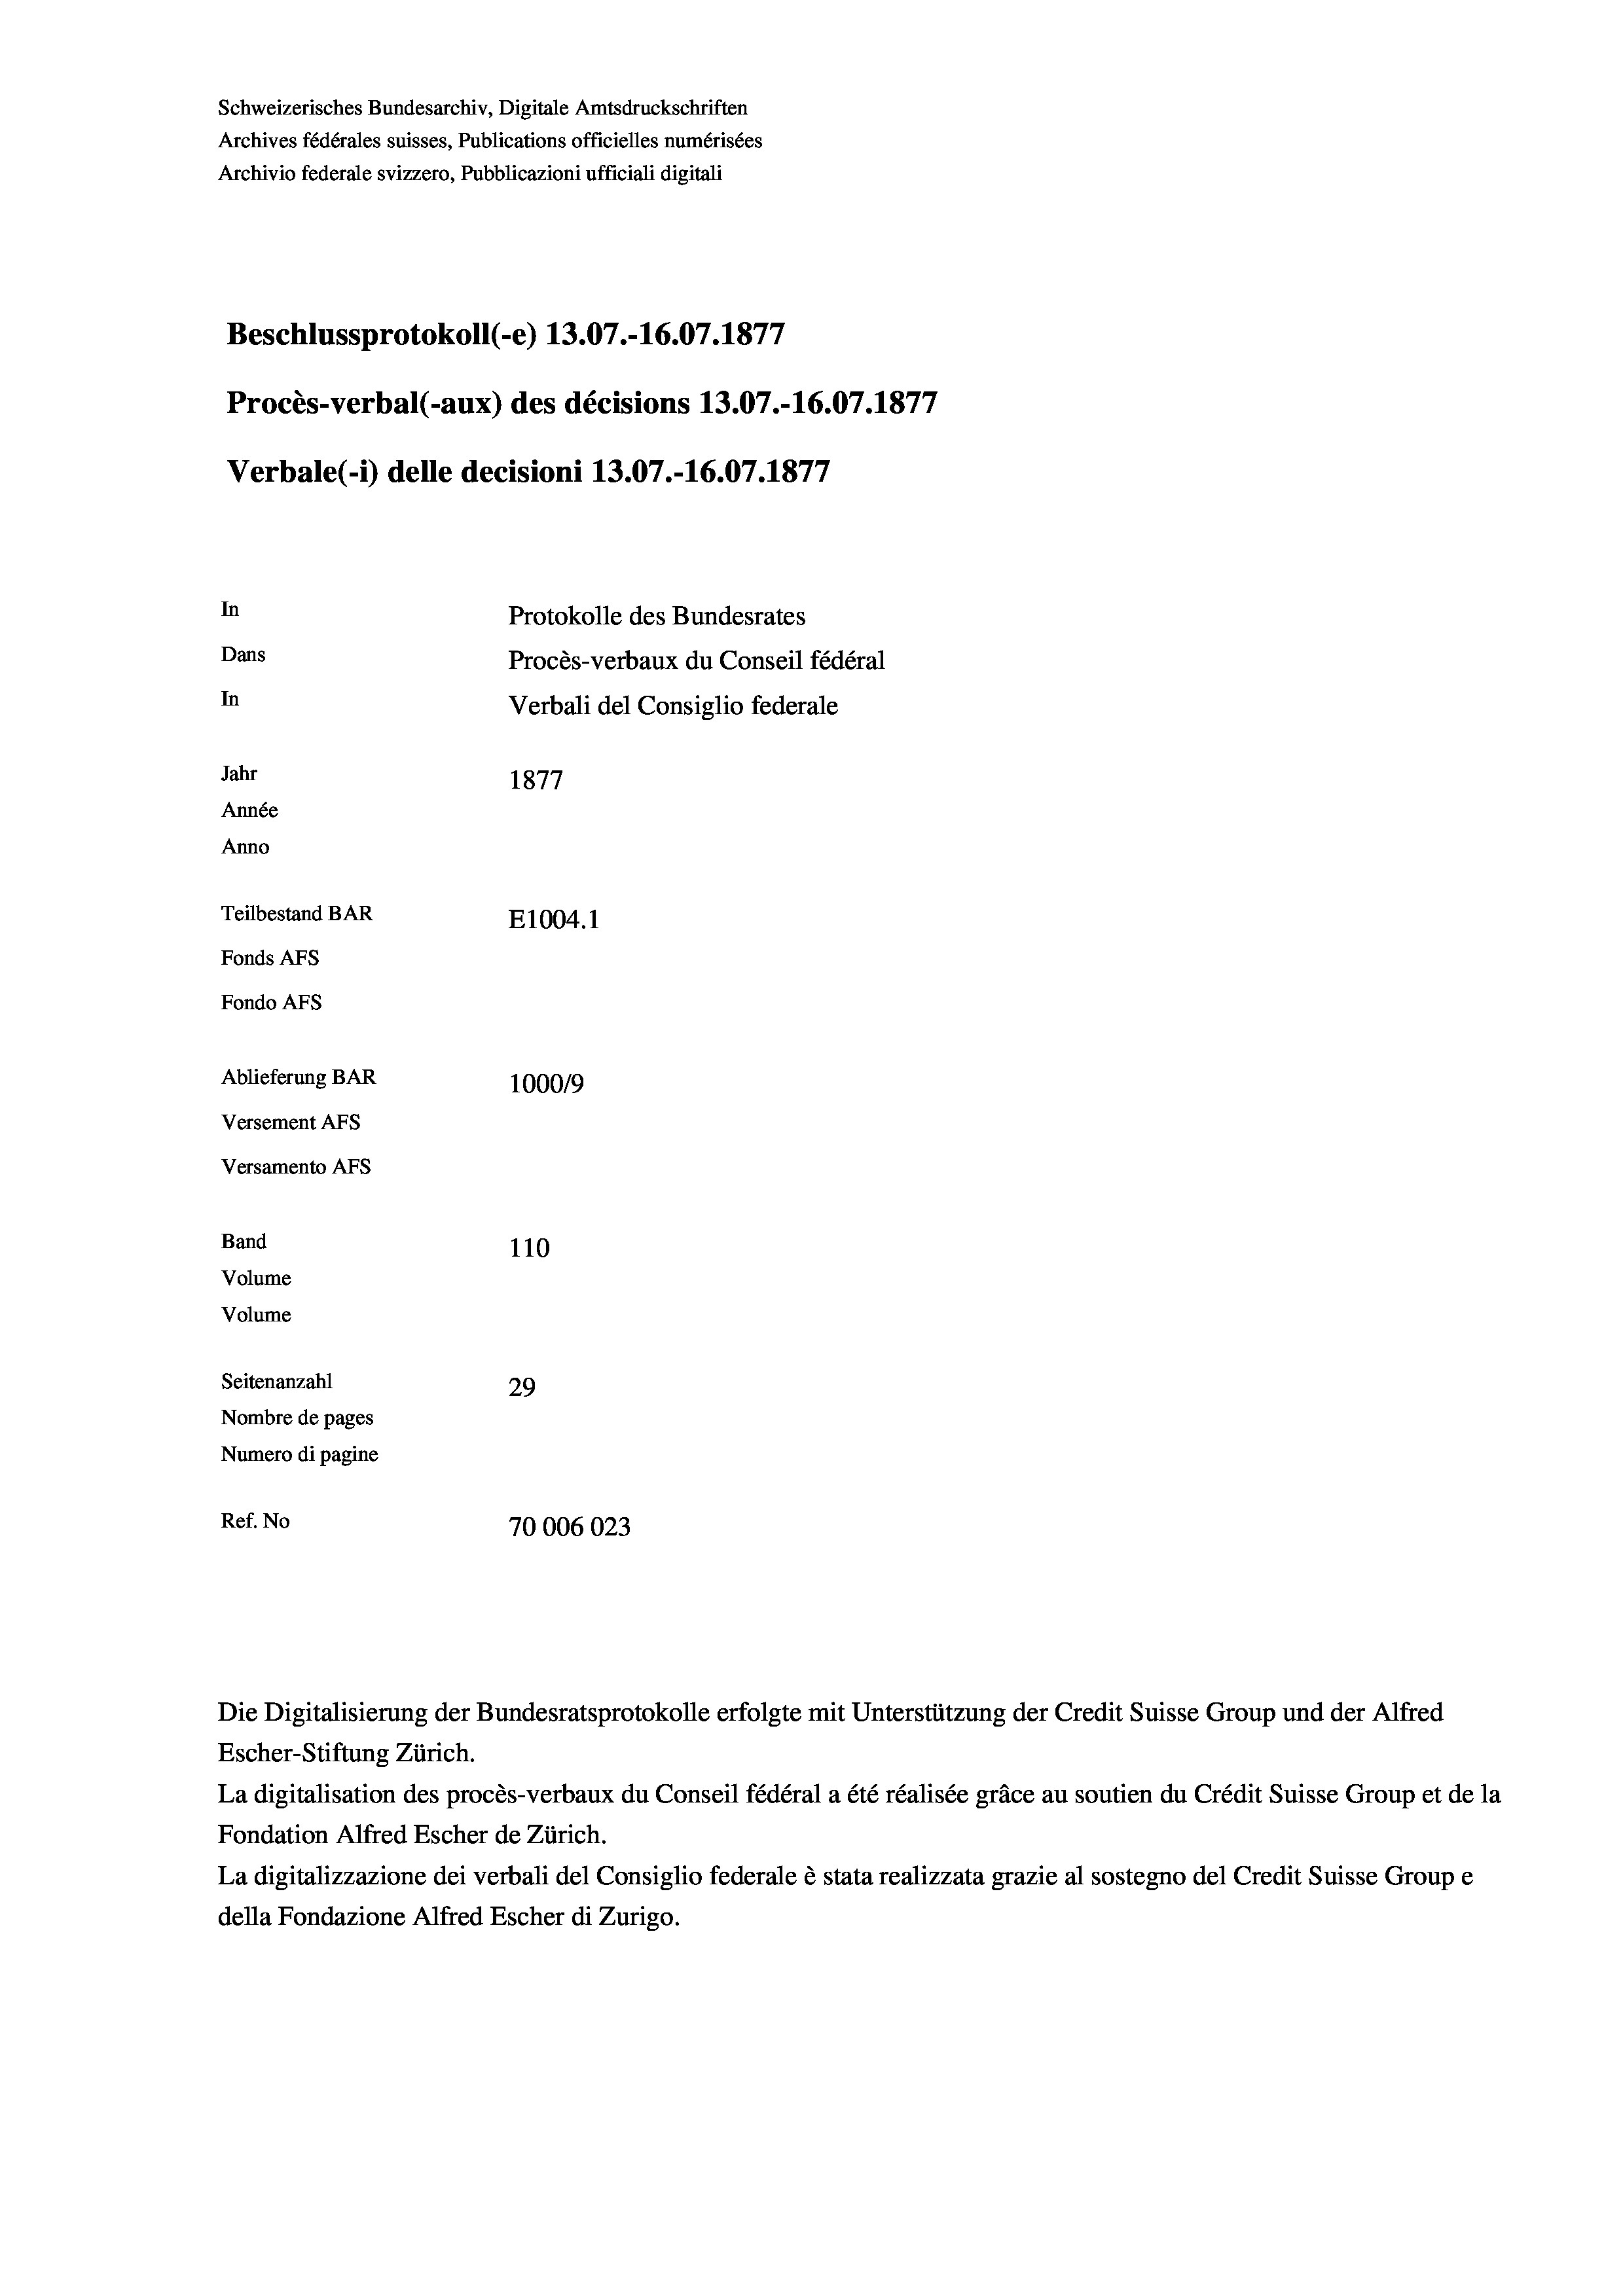
Schweizerisches Bundesarchiv, Digitale Amtsdruckschriften
Archives fédérales suisses, Publications officielles numérisées
Archivio federale svizzero, Pubblicazioni ufficiali digitali
Beschlussprotokoll (-e) 13.07.-16.07. 1877
Procès-verbal (-aux) des décisions 13.07.-16.07. 1877
Verbale(1) delle decisioni 13.07.-16.07. 1877
In
Protokolle des Bundesrates
Dans
Procès-verbaux du Conseil fédéral
In
Verbali del Consiglio federale
Jahr
1877
Année
Anno
Teilbestand BAR
E1004. 1
Fonds AFs
Fondo AFs
Ablieferung BAR
100019
Versement AFs
Versamento Afs
Band
110
Volume
Volume
Seitenanzahl
29
Nombre de pages
Numero di pagine
Ref. No
70006023

Escher-Stiftung Zürich.
La digitalisation des procès-verbaux du Conseil fédéral a été réalisée gräce au soutien du Crédit Suisse Group et de la
Fondation Alfred Escher de Zürich.
La digitalizzazione dei verbali del Consiglio federale è stata realizzata grazie al sostegno del Credit Suisse Groupe
della Fondazione Alfred Escher di Zurigo.

Die Digitalisierung der Bundesratsprotokolle erfolgte mit Unterstützung der Credit Suisse Group und der Alfred